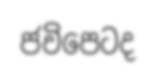
ජවිපෙටද